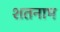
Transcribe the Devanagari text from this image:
शतनाम